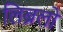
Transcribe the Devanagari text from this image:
लिब्रलों